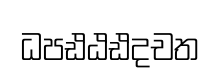
ධපඪඨඪදචත